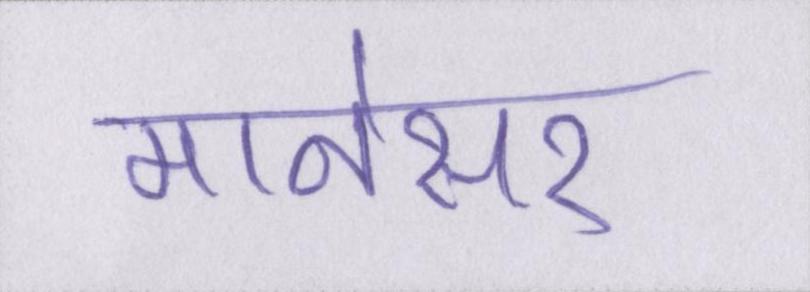
मानेसर